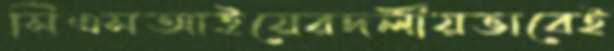
সিএসআইয়েরদলীয়ভাবেই